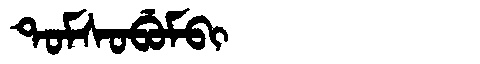
Manchu: ᡨᠣᠮᠰᠣᠪᡠᠮᠪᡳ
Romanization: TOMSOBUMBI